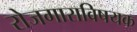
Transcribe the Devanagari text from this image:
रोजगाराविषयक